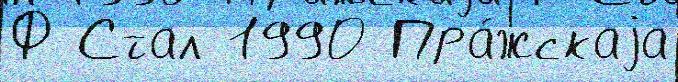
Ф Стал 1990 Пра́жскаjа